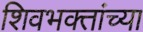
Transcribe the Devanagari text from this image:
शिवभक्तांच्या